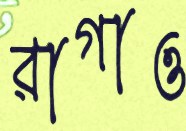
রাগাও